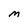
Character: M